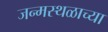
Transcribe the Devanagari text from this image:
जन्मस्थळाच्या